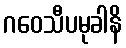
ဂဝေသီပမုခါနိ